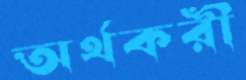
অর্থকরী